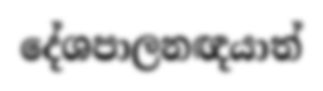
දේශපාලනඥයාත්